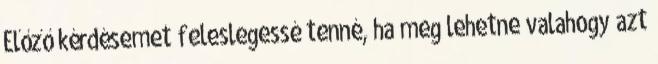
Előző kérdésemet feleslegessé tenné, ha meg lehetne valahogy azt